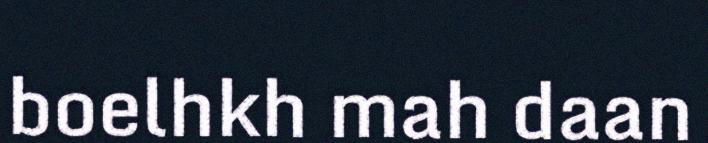
boelhkh mah daan